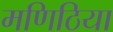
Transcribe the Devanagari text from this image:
मणिठिया